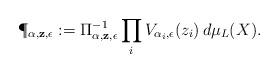
LaTeX: \begin{align*}\P_{\bf \alpha, z,\epsilon}:=\Pi_{\bf \alpha, z,\epsilon}^{-1} \prod_iV_{\alpha_i,\epsilon}(z_i)\, d \mu_L(X).\end{align*}